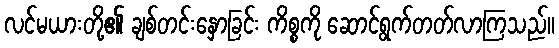
လင်မယားတို့၏ ချစ်တင်းနှောခြင်း ကိစ္စကို ဆောင်ရွက်တတ်လာကြသည်။